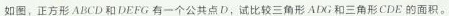
如图，正方形ABCD和DEFG有一个公共点D，试比较三角形ABN；和三角形CDE的面积。